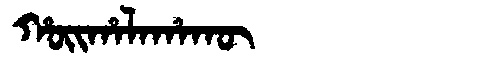
Manchu: ᡥᠣᡳᡥᠠᠯᠠᡥᠠᡴᡡ
Romanization: HOIHALAHAKŪ